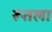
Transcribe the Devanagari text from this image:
रूतला